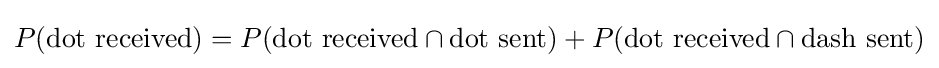
P({\text{dot received}})=P({\text{dot received}}\cap {\text{dot sent}})+P({\text{dot received}}\cap {\text{dash sent}})